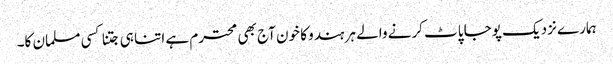
ہمارے نزدیک پوجا پاٹ کرنے والے ہر ہندو کا خون آج بھی محترم ہے اتنا ہی جتنا کسی مسلمان کا۔